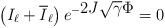
LaTeX: \begin{align*}\left (I_\ell+ \overline I_\ell\right )e^{-\displaystyle 2J \sqrt{\gamma} \Phi}=0\end{align*}